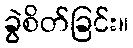
ခွဲစိတ်ခြင်း။